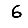
Digit: 6